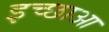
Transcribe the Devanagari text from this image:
इच्छाआ